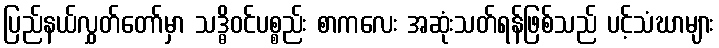
ပြည်နယ်လွှတ်တော်မှာ သဒ္ဓိဝင်ပစ္စည်း စာကလေး အဆုံးသတ်ရန်ဖြစ်သည် ပင့်သံဃာများ